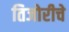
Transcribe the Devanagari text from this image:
तिजोरीचे